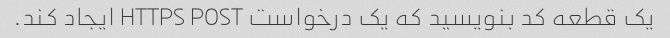
یک قطعه کد بنویسید که یک درخواست HTTPS POST ایجاد کند.